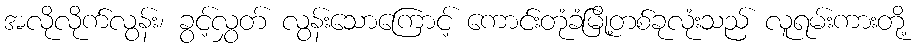
အလိုလိုက်လွန်း၊ ခွင့်လွှတ် လွန်းသောကြောင့် ကောင်းတုံခံမြို့တစ်ခုလုံးသည် လူရမ်းကားတို့